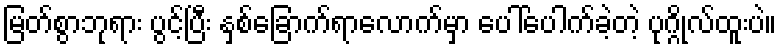
မြတ်စွာဘုရား ပွင့်ပြီး နှစ်ခြောက်ရာလောက်မှာ ပေါ်ပေါက်ခဲ့တဲ့ ပုဂ္ဂိုလ်ထူးပဲ။